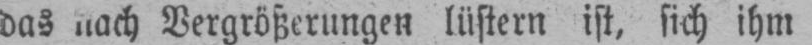
das nach Vergrößerungen lüstern ist, sich ihm